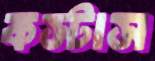
কস্টাস